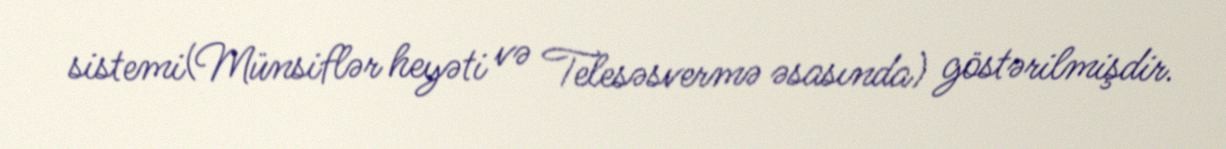
sistemi(Münsiflər heyəti və Telesəsvermə əsasında) göstərilmişdir.